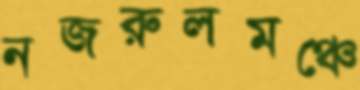
নজরুলমঞ্চে